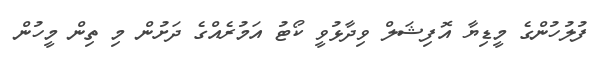
ފުލުހުންގެ މީޑިޔާ އޮފިޝަލް ވިދާޅުވީ ކޯޓު އަމުރެއްގެ ދަށުން މި ތިން މީހުން